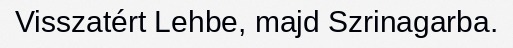
Visszatért Lehbe, majd Szrinagarba.